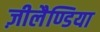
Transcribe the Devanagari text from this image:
ज़ीलैण्डिया